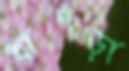
খাপড়া